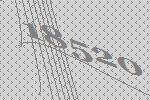
18520